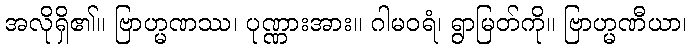
အလိုရှိ၏။ ဗြာဟ္မဏဿ၊ ပုဏ္ဏားအား။ ဂါမဝရံ၊ ရွာမြတ်ကို။ ဗြာဟ္မဏီယာ၊